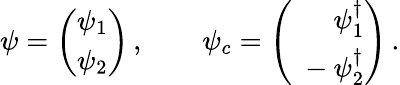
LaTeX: \psi=\left(\begin{array}{c}{{\psi_{1}}}\\ {{\psi_{2}}}\end{array}\right)\, ,\qquad\psi_{c}=\left(\begin{array}{r}{{\psi_{1}^{\dagger}}}\\ {{\ -\psi_{2}^{\dagger}}}\end{array}\right)\, .